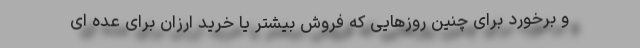
و برخورد برای چنین روزهایی که فروش بیشتر یا خرید ارزان برای عده ای